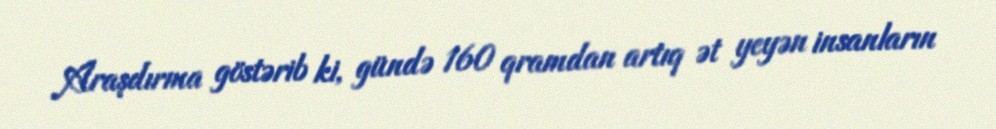
Araşdırma göstərib ki, gündə 160 qramdan artıq ət yeyən insanların